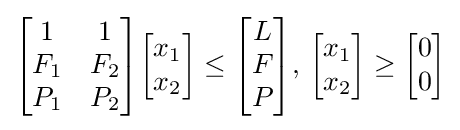
{\begin{bmatrix}1&1\\F_{1}&F_{2}\\P_{1}&P_{2}\end{bmatrix}}{\begin{bmatrix}x_{1}\\x_{2}\end{bmatrix}}\leq {\begin{bmatrix}L\\F\\P\end{bmatrix}},\,{\begin{bmatrix}x_{1}\\x_{2}\end{bmatrix}}\geq {\begin{bmatrix}0\\0\end{bmatrix}}